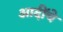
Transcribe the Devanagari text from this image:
आदींंचे